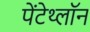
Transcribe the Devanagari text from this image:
पेंटेथ्लॉन